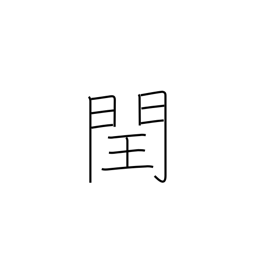
Meaning: intercalation